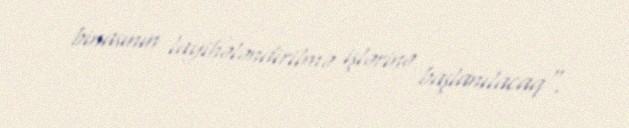
binasının layihələndirilmə işlərinə başlanılacaq".